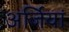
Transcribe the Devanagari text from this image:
अर्जियां